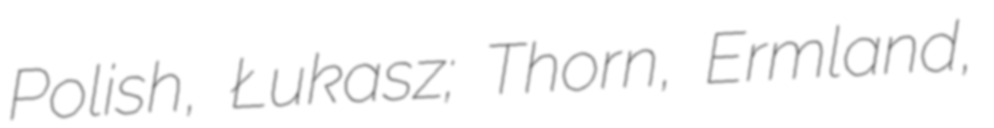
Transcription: Polish, Łukasz; Thorn, Ermland,